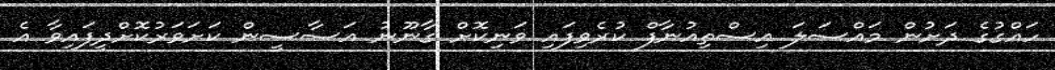
ހައްގުގެ ދަށުން މައްސަލަ އިސްތިއުނާފް ކުރެވިފައި ވަނިކޮށް ގާނޫނު އަސާސީން ކަށަވަރުކޮށްދީފައިވާ އެ